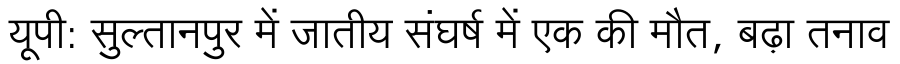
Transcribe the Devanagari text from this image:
यूपी: सुल्तानपुर में जातीय संघर्ष में एक की मौत, बढ़ा तनाव